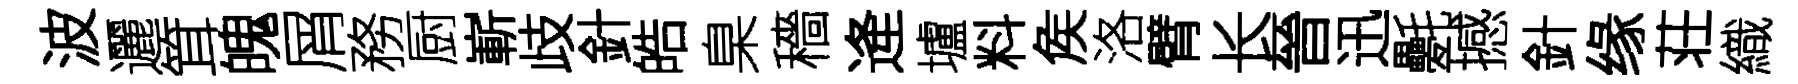
波邐䇯魄屑務厨嶄歧針皓臬穡逄壚料矦洛臂长晉迅氎撼針缘荘織